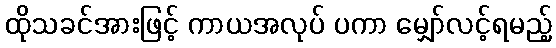
ထိုသခင်အားဖြင့် ကာယအလုပ် ပကာ မျှော်လင့်ရမည့်